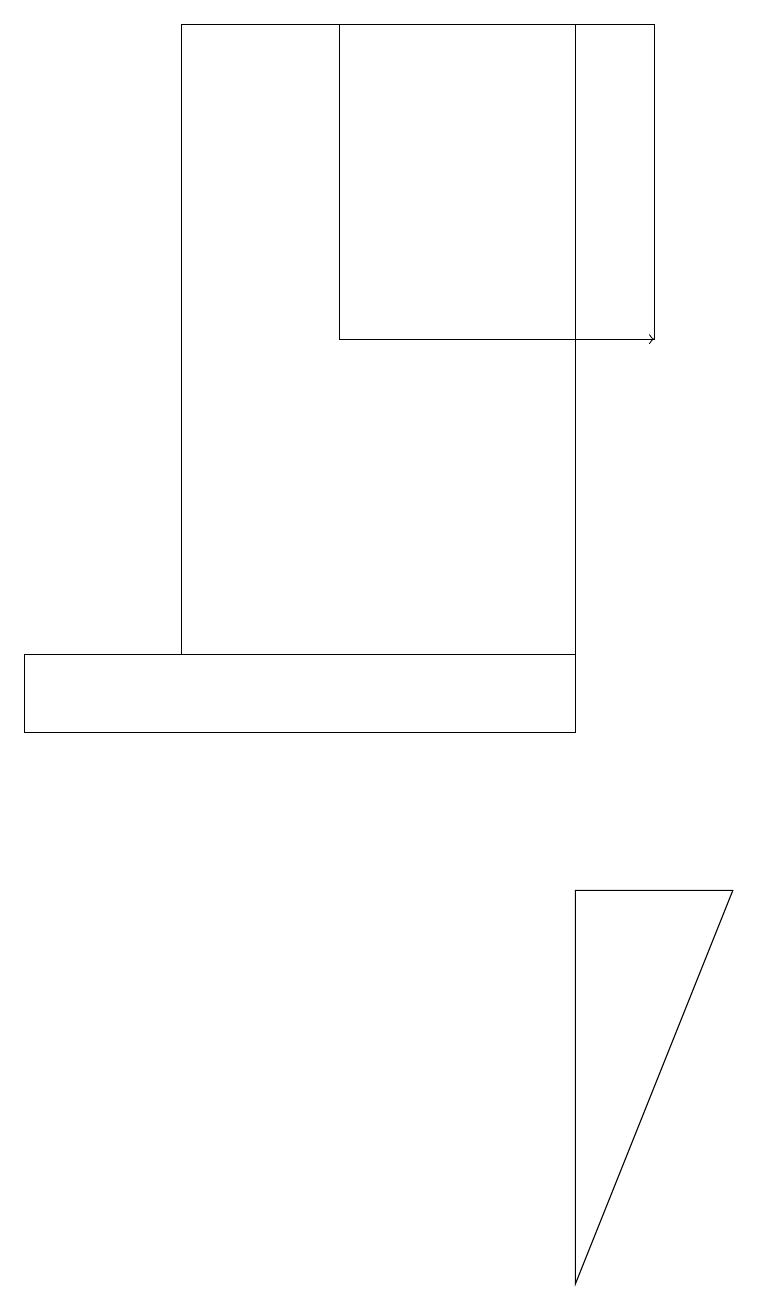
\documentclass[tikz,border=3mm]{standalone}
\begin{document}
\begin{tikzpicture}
\draw (7,8) -- (9,8) -- (7,3) -- cycle;
\draw (7,19) rectangle (2,11);
\draw (7,11) rectangle (0,10);
\draw (4,19) rectangle (8,15);
\draw[->] (4,15) -- (8,15);
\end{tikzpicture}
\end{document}